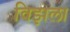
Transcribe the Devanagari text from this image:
विझला